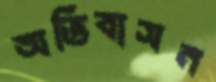
অভিবাসন